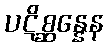
ပဋိစ္ဆန္နေန